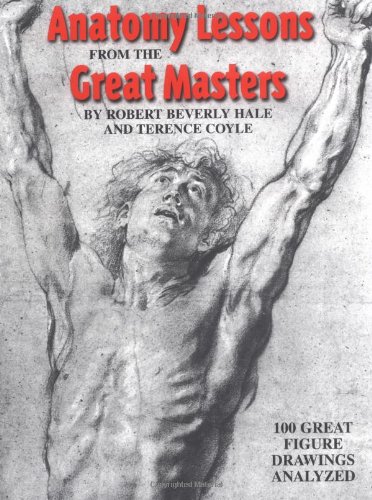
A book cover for Anatomy Lessons From the Great Masters; Robert Beverly Hale; Arts & Photography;